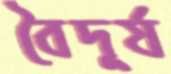
বৈদূর্য